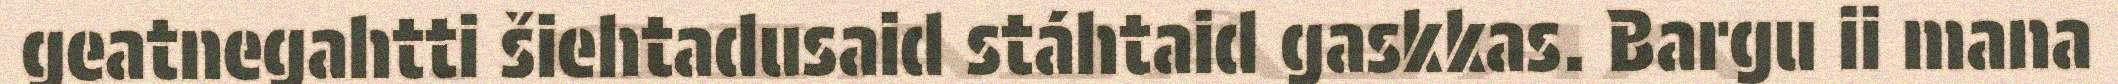
geatnegahtti šiehtadusaid stáhtaid gaskkas. Bargu ii mana